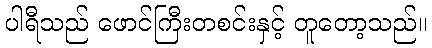
ပါရီသည် ဖောင်ကြီးတစင်းနှင့် တူတော့သည်။